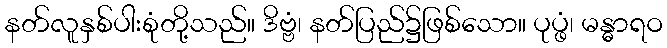
နတ်လူနှစ်ပါးစုံတို့သည်။ ဒိဗ္ဗံ၊ နတ်ပြည်၌ဖြစ်သော။ ပုပ္ဖံ၊ မန္ဓာရဝ